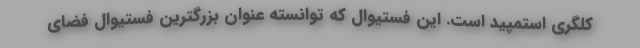
کلگری استمپید است. این فستیوال که توانسته عنوان بزرگترین فستیوال فضای